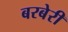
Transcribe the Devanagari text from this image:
बरबेरी